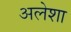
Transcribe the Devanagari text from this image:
अलेशा